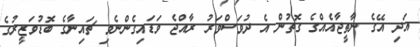
އަދި އޭގެ ނާތީޖާއެއްގެ ގޮތުން އެ ދުވަސްވަރު ރާއްޖެ ވަޑައިގެންނެވި ޗައިނާގެ ބޮޑުވަޒީރުގެ